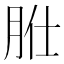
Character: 𦙰